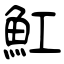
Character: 魟